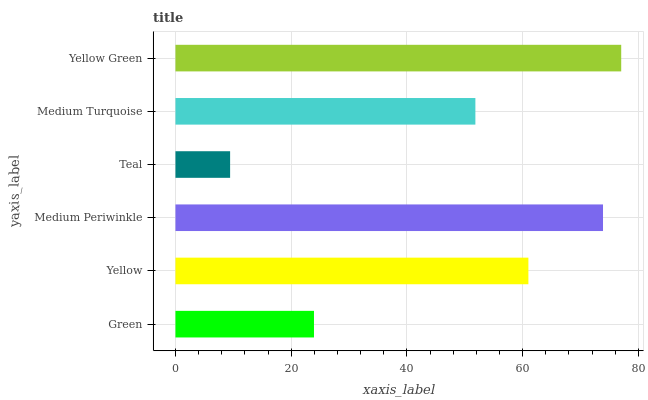
| yaxis_label | bars |
 | --- | --- |
 | Green | 23.9 |
 | Yellow | 61 |
 | Medium Periwinkle | 73.9 |
 | Teal | 9.45 |
 | Medium Turquoise | 51.8 |
 | Yellow Green | 77 |